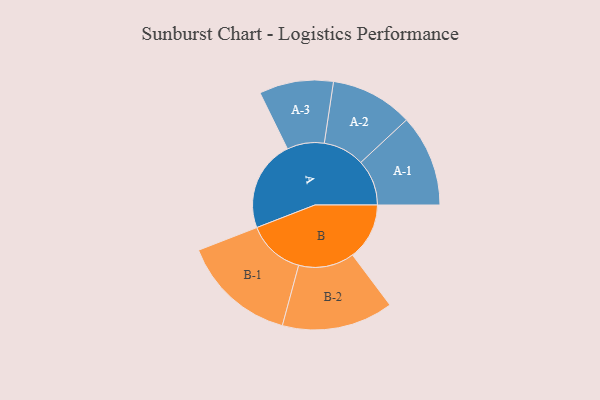
{"axis": {"x": "Segment", "y": "Value"}, "legend": ["", "A", "B"], "data": [{"x": "A", "y": 309, "type": ""}, {"x": "B", "y": 193, "type": ""}, {"x": "A-1", "y": 156, "type": "A"}, {"x": "A-2", "y": 140, "type": "A"}, {"x": "A-3", "y": 126, "type": "A"}, {"x": "B-1", "y": 195, "type": "B"}, {"x": "B-2", "y": 189, "type": "B"}]}